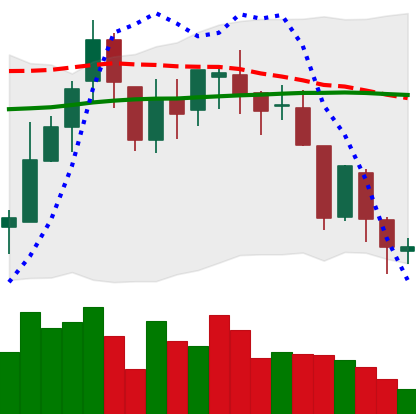
Ticker: BNB-USD
Chart end date: 2018-08-12
Forward return: -7.444%
Label: down_7plus